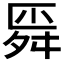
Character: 𰰊